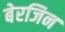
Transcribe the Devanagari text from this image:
बेरजिन